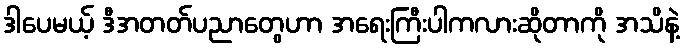
ဒါပေမယ့် ဒီအတတ်ပညာတွေဟာ အရေးကြီးပါကလားဆိုတာကို အသိနဲ့